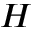
H